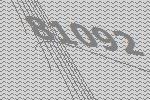
81092